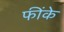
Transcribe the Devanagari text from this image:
फींके